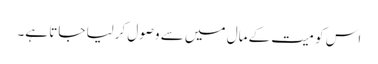
اس کو میت کے مال میں سے وصول کرلیا جاتا ہے۔